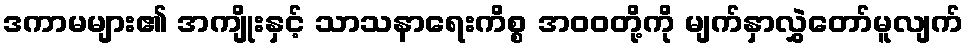
ဒကာမများ၏ အကျိုးနှင့် သာသနာရေးကိစ္စ အဝဝတို့ကို မျက်နှာလွှဲတော်မူလျက်